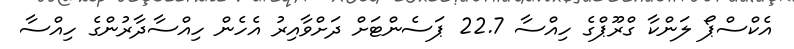
އެކްސްޕޯ ލަންކާ ގްރޫޕްގެ ހިއްސާ 22.7 ޕަސެންޓަށް ދަށްވާއިރު އެހެން ހިއްސާދާރުންގެ ހިއްސާ